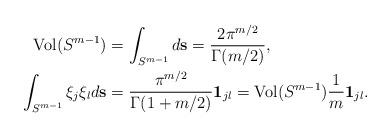
LaTeX: \begin{align*} \mathrm{Vol}(S^{m-1}) &= \int_{S^{m-1}} d\mathbf{s} = \frac{2 \pi^{m/2}}{\Gamma(m/2)},\\ \int_{S^{m-1}} \xi_j \xi_l d\mathbf{s} &= \frac{\pi^{m/2}}{\Gamma(1+m/2)} \mathbf{1}_{jl} = \mathrm{Vol}(S^{m-1}) \frac1m \mathbf 1_{jl}. \end{align*}